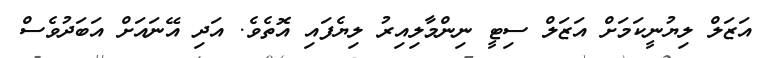
އަޒަލް ލިޔުނީކަމަށް އަޒަލް ސިޓީ ނިންމާލިއިރު ލިޔެފައި އޮތެވެ. އަދި އޭނައަށް އަބަދުވެސް